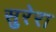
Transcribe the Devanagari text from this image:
सुरेरा